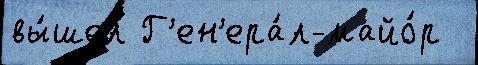
вы́шел Г'ен'ера́л-майо́р